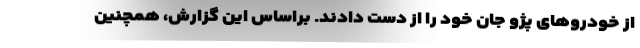
از خودروهای پژو جان خود را از دست دادند. براساس این گزارش، همچنین